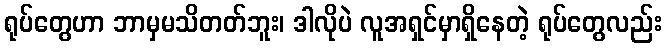
ရုပ်တွေဟာ ဘာမှမသိတတ်ဘူး၊ ဒါလိုပဲ လူအရှင်မှာရှိနေတဲ့ ရုပ်တွေလည်း